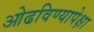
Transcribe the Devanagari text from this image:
ओढविण्यापेक्षा